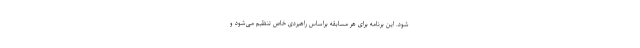
شود. این برنامه برای هر مسابقه براساس راهبردی خاص تنظیم می‌شود و